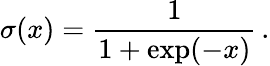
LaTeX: \sigma(x)=\frac{1}{1+\exp(-x)}\, .